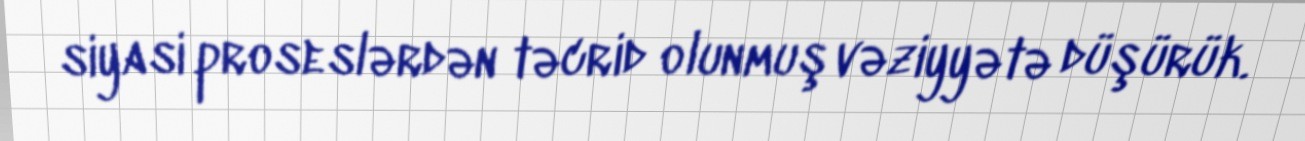
siyasi proseslərdən təcrid olunmuş vəziyyətə düşürük.